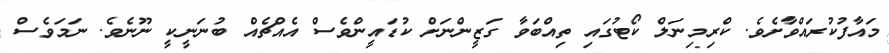
މައާފުކުރައްވާށެވެ. ކްރިމިނަލް ކޯޓުގައި ތިއްބަވާ ގަޒީންނަށް ކުޑައީންވެސް އެއްޗެއް ބުނަނީކީ ނޫނެވެ. ނަމަވެސް